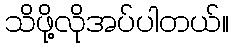
သိဖို့လိုအပ်ပါတယ်။